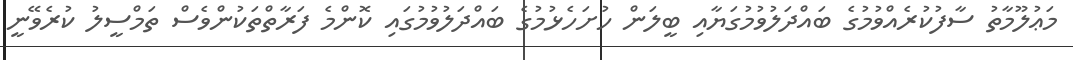
މަޢުލޫމާތު ސާފުކުރެއްވުމުގެ ބައްދަލުވުމުގަޔާއި ބީލަން ހުށަހެޅުމުގެ ބައްދަލުވުމުގައި ކޮންމެ ފަރާތްތަކުންވެސް ތަމްސީލު ކުރެވޭނީ